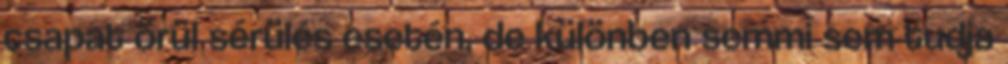
csapat örül sérülés esetén, de különben semmi sem tudja